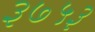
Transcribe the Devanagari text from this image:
३७५३